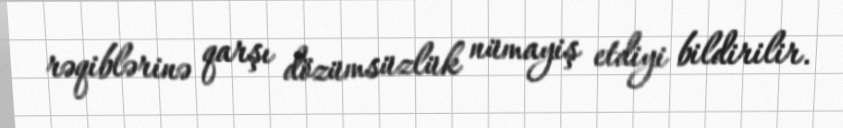
rəqiblərinə qarşı dözümsüzlük nümayiş etdiyi bildirilir.